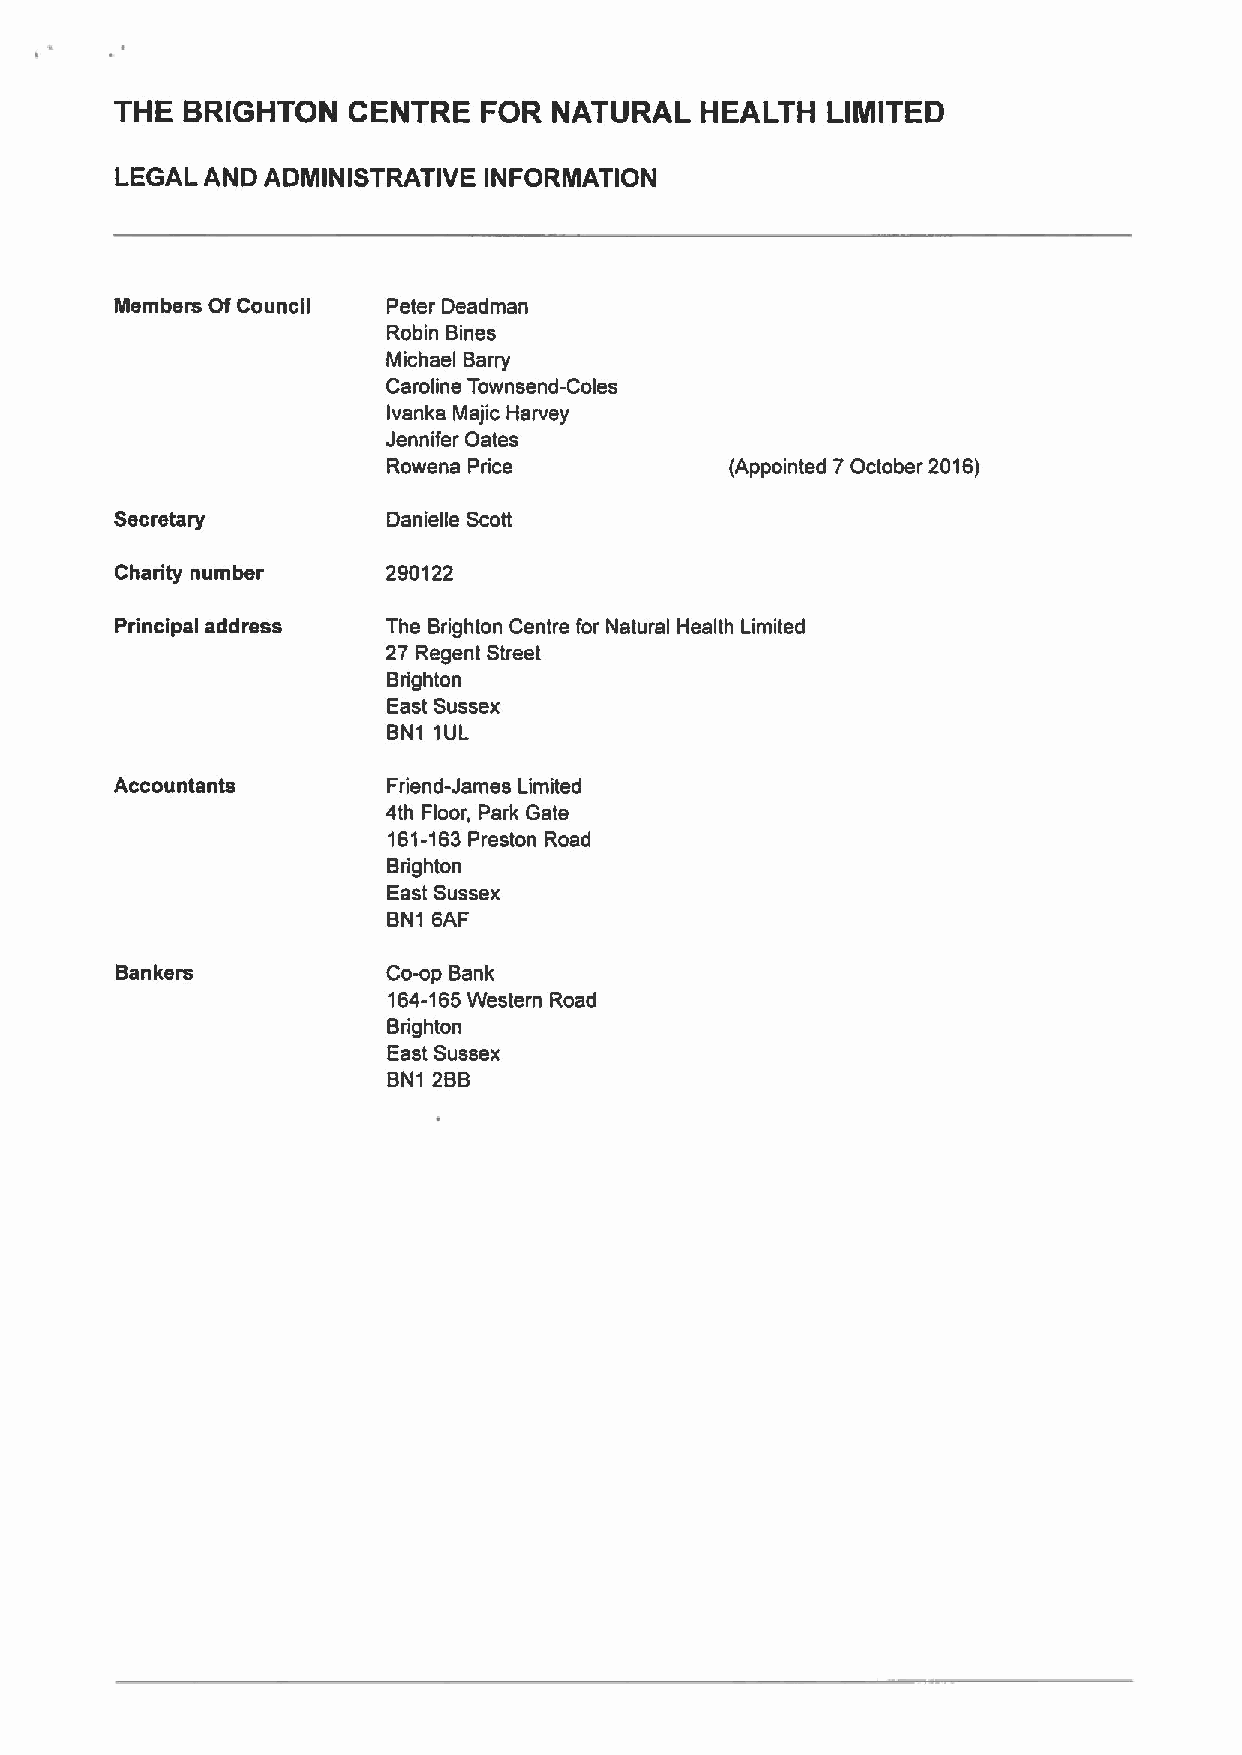
THE BRIGHTON   CENTRE   FOR  NATURAL  HEALTH   LIMITED
 LEGAL AND ADMINISTRATIVE INFORMATION
 Members Of Council Peter Deadman
 Robin Bines
 Michael Barry
 Caroline Townsend-Coles
 Ivanka Majic Harvey
 Jennifer Dates
 Rowena Price          (Appointed 7October 2016)
 Secretary         Danielle Scott
 Charity number    290122
 Principal address The Brighton Centre for Natural Health Limited
 27 Regent Street
 Brighton
 East Sussex
 BN1 1UL
 Accountants       Friend-James Limited
 4th Floor, Park Gate
 161-163Preston Road
 Brighton
 East Sussex
 BN1 6AF
 Bankers           Co-op Bank
 164-165Western Road
 Brighton
 East Sussex
 BN1 2BB